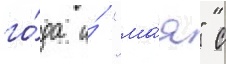
го́да и́ "ма́я" с